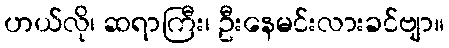
ဟယ်လို၊ ဆရာကြီး၊ ဦးနေမင်းလားခင်ဗျာ။